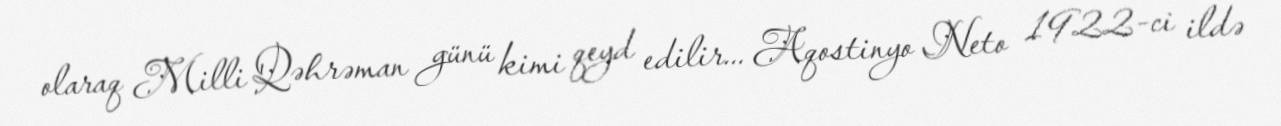
olaraq Milli Qəhrəman günü kimi qeyd edilir... Aqostinyo Neto 1922-ci ildə